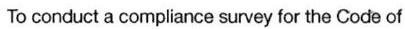
To conduct a compliance survey for the Code of